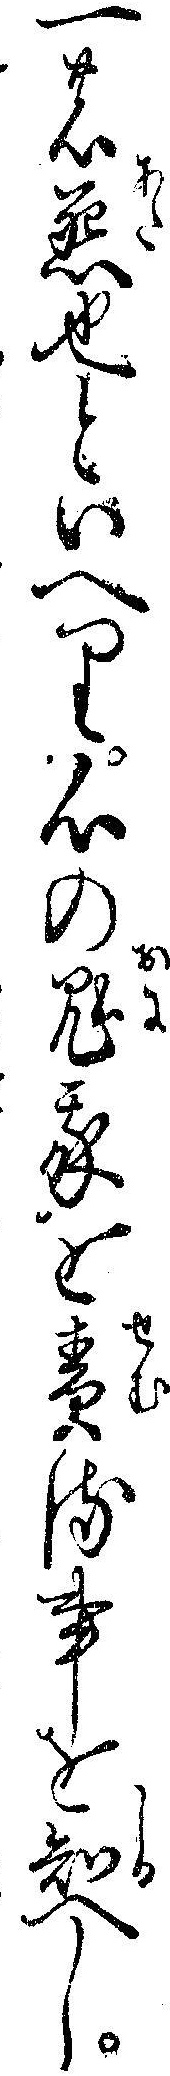
一の悪也といへり心の鬼我を責る事を知へし